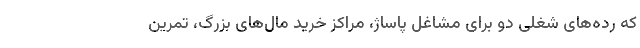
که رده‌های شغلی دو برای مشاغل پاساژ، مراکز خرید مال‌های بزرگ، تمرین